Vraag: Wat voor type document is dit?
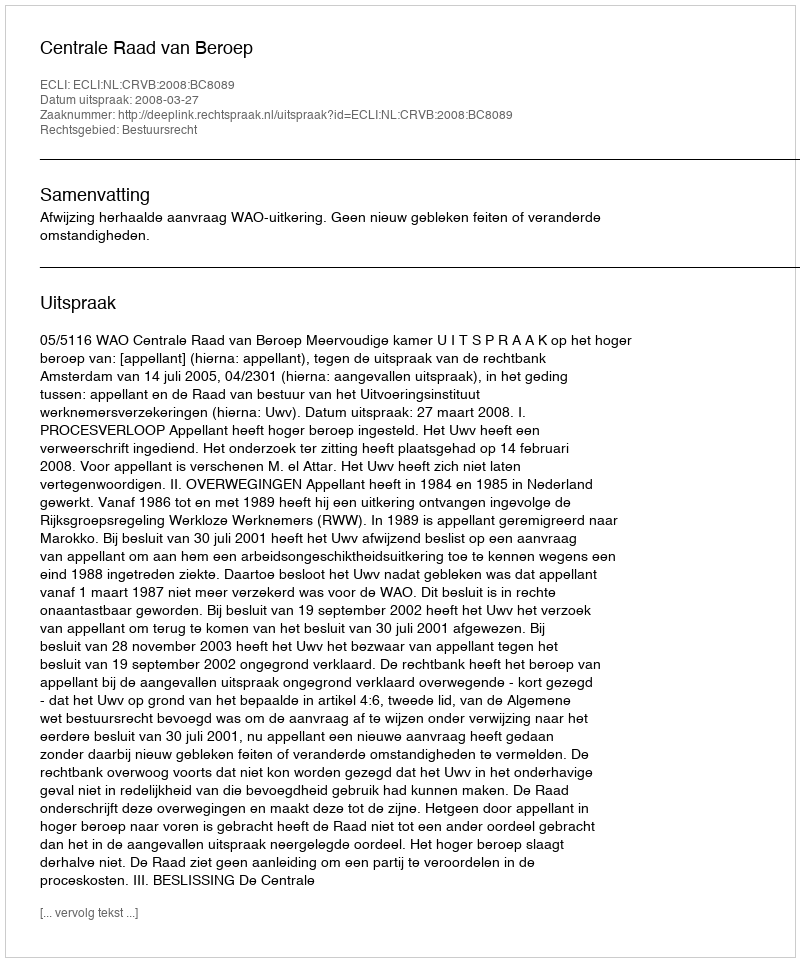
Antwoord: Uitspraak